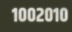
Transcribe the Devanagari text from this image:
१००२०१०